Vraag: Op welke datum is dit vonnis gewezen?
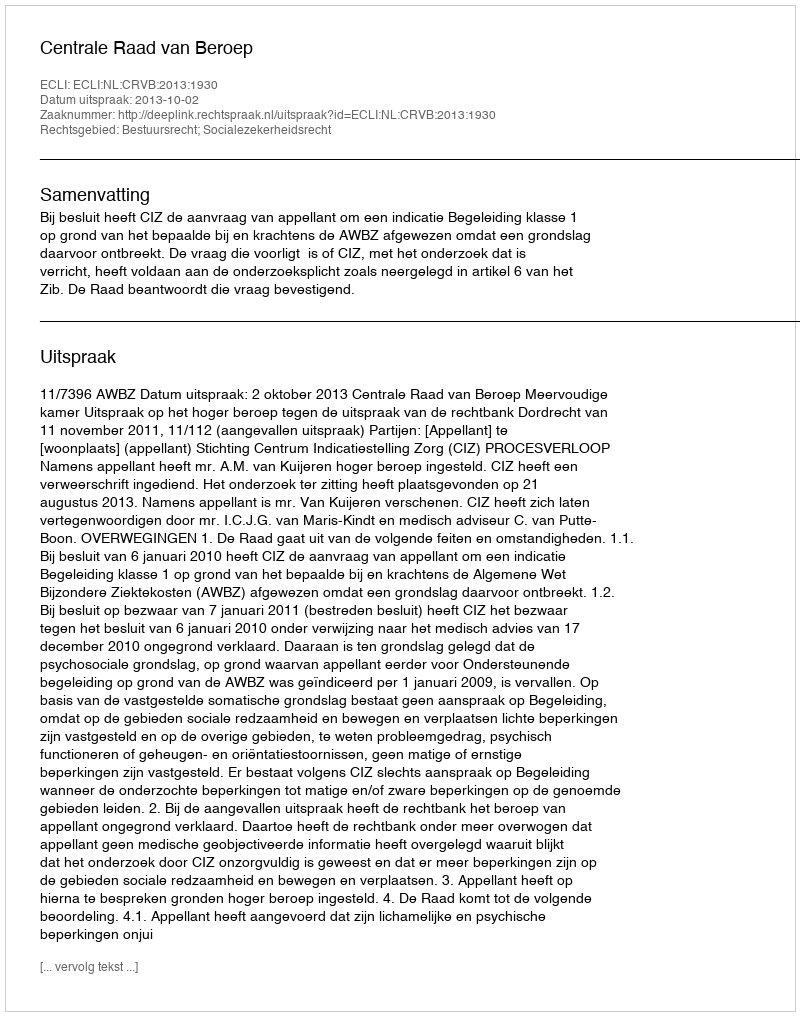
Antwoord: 2013-10-02